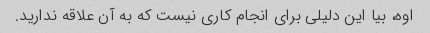
اوه، بیا این دلیلی برای انجام کاری نیست که به آن علاقه ندارید.